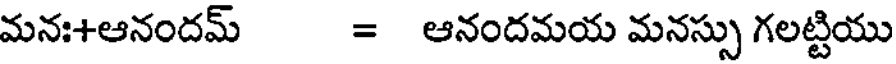
మనః+ఆనందమ్ = ఆనందమయ మనస్సు గలట్టియు